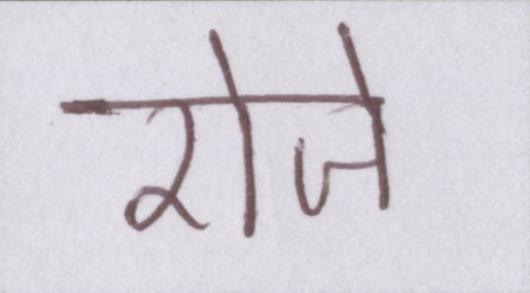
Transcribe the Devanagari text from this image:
रोजे